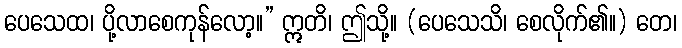
ပေသေထ၊ ပို့လာစေကုန်လော့။” ဣတိ၊ ဤသို့။ (ပေသေသိ၊ စေလိုက်၏။) တေ၊